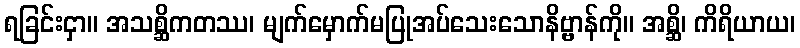
ရခြင်းငှာ။ အသစ္ဆိကတဿ၊ မျက်မှောက်မပြုအပ်သေးသောနိဗ္ဗာန်ကို။ အစ္ဆိ၊ ကိရိယာယ၊